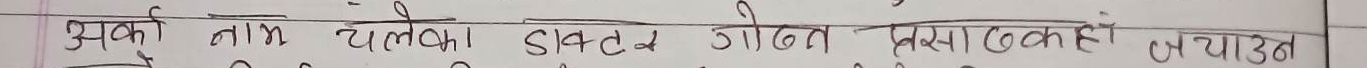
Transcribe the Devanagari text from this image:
अर्यको नाम चलेका श्रेष्ठ जीवन कथा कही जयाड